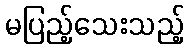
မပြည့်သေးသည့်